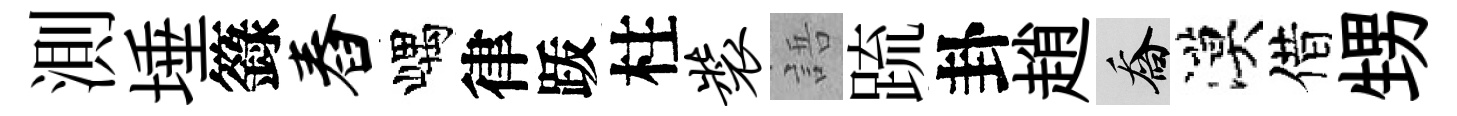
測埵籙舂嵎律䟦柱装語䟽卦趙喬漠借甥